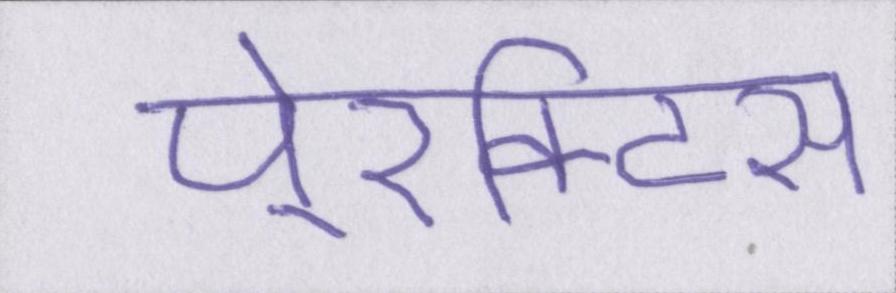
पे्रक्टिस